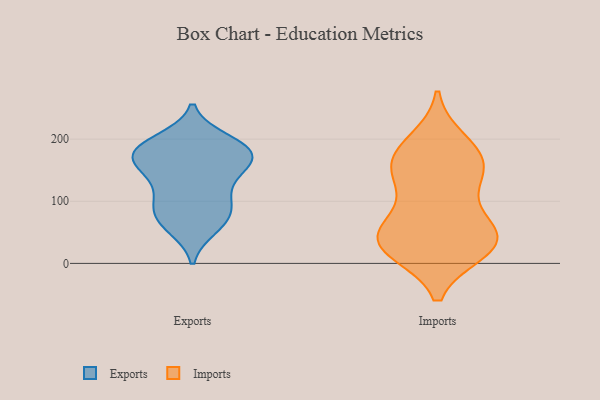
{"axis": {"x": "Bounce Rate (%)", "y": "Value"}, "legend": ["Exports", "Imports"], "data": [{"x": "", "y": 180, "type": "Exports"}, {"x": "", "y": 117, "type": "Exports"}, {"x": "", "y": 157, "type": "Exports"}, {"x": "", "y": 187, "type": "Exports"}, {"x": "", "y": 192, "type": "Exports"}, {"x": "", "y": 174, "type": "Exports"}, {"x": "", "y": 150, "type": "Exports"}, {"x": "", "y": 93, "type": "Exports"}, {"x": "", "y": 92, "type": "Exports"}, {"x": "", "y": 162, "type": "Exports"}, {"x": "", "y": 170, "type": "Exports"}, {"x": "", "y": 198, "type": "Exports"}, {"x": "", "y": 136, "type": "Exports"}, {"x": "", "y": 61, "type": "Exports"}, {"x": "", "y": 89, "type": "Exports"}, {"x": "", "y": 72, "type": "Exports"}, {"x": "", "y": 185, "type": "Exports"}, {"x": "", "y": 57, "type": "Exports"}, {"x": "", "y": 196, "type": "Imports"}, {"x": "", "y": 21, "type": "Imports"}, {"x": "", "y": 146, "type": "Imports"}, {"x": "", "y": 57, "type": "Imports"}, {"x": "", "y": 152, "type": "Imports"}, {"x": "", "y": 37, "type": "Imports"}, {"x": "", "y": 179, "type": "Imports"}, {"x": "", "y": 30, "type": "Imports"}, {"x": "", "y": 175, "type": "Imports"}, {"x": "", "y": 113, "type": "Imports"}, {"x": "", "y": 46, "type": "Imports"}, {"x": "", "y": 30, "type": "Imports"}, {"x": "", "y": 148, "type": "Imports"}, {"x": "", "y": 25, "type": "Imports"}, {"x": "", "y": 61, "type": "Imports"}]}